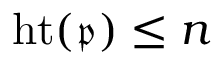
\operatorname { h t } ( { \mathfrak { p } } ) \leq n